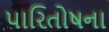
પારિતોષના